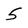
Character: 5